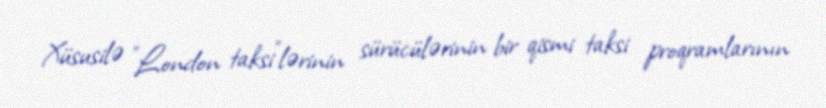
Xüsusilə "London taksi"lərinin sürücülərinin bir qismi taksi proqramlarının